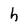
Character: h